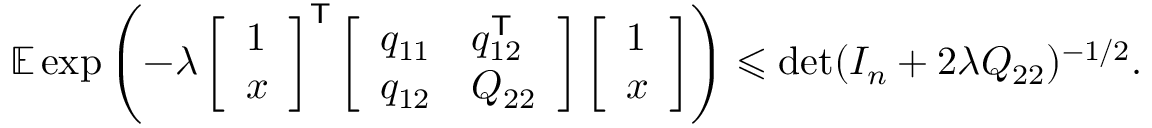
\begin{array} { r } { \mathbb { E } \exp \left( - \lambda \left[ \begin{array} { l } { 1 } \\ { x } \end{array} \right] ^ { \mathsf { T } } \left[ \begin{array} { l l } { q _ { 1 1 } } & { q _ { 1 2 } ^ { \mathsf { T } } } \\ { q _ { 1 2 } } & { Q _ { 2 2 } } \end{array} \right] \left[ \begin{array} { l } { 1 } \\ { x } \end{array} \right] \right) \leqslant \operatorname* { d e t } ( I _ { n } + 2 \lambda Q _ { 2 2 } ) ^ { - 1 / 2 } . } \end{array}